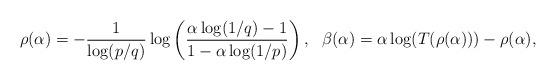
LaTeX: \begin{align*} \rho(\alpha) = -\frac{1}{\log(p/q)}\log\left( \frac{\alpha\log(1/q)-1} {1-\alpha\log(1/p)} \right), && \beta(\alpha) = \alpha\log(T(\rho(\alpha))) - \rho(\alpha), \end{align*}